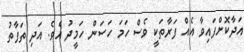
އަދާކޮށްފައިވާ އެއް ފަރާތަކީ ވެސް ހަމަ ހަސަން ހަމީދު އެވެ. އަދި ތަފާތު